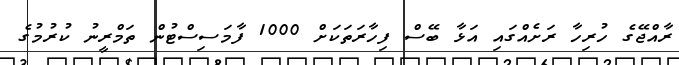
ރާއްޖޭގެ ހުރިހާ ރަށެއްގައި އަޅާ ބޭސް ފިހާރަތަކަށް 1000 ފާމަސިސްޓުން ތަމްރީނު ކުރުމުގެ